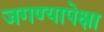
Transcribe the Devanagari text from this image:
जगण्यापेक्षा